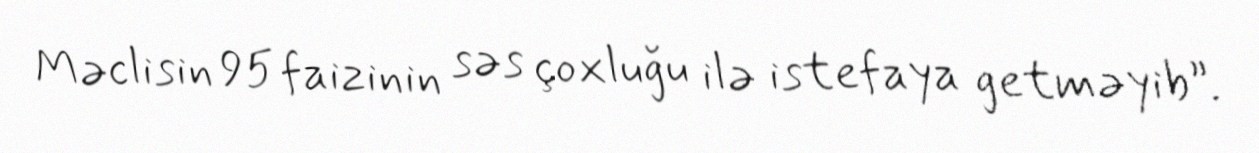
Məclisin 95 faizinin səs çoxluğu ilə istefaya getməyib”.